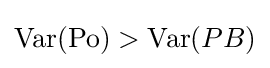
\operatorname {Var} (\mathrm {Po} )>\operatorname {Var} (PB)